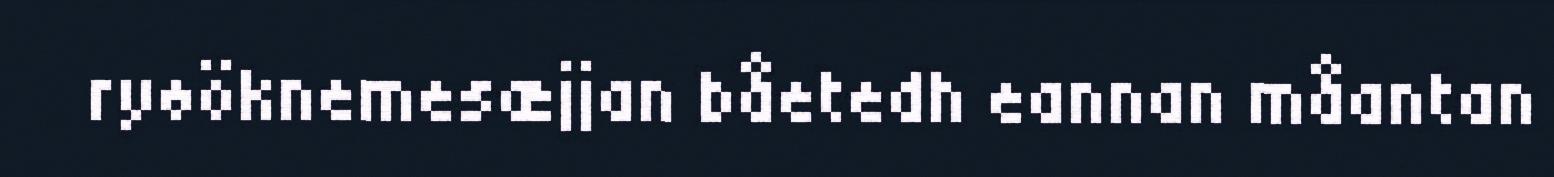
ryøöknemesæjjan båetedh eannan måantan